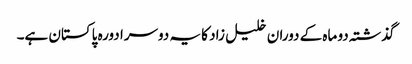
گذشتہ دو ماہ کے دوران خلیل زاد کا یہ دوسرا دورہ پاکستان ہے۔